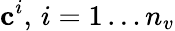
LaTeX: \mathbf{c}^{i},\, i=1\ldots n_{v}